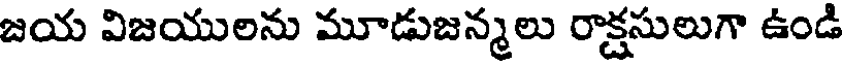
జయ విజయులను మూడుజన్మలు రాక్షసులుగా ఉండి